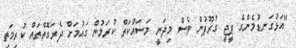
"އަޅުގަނޑުމެންގެ ޕީޖީ ގުރޫޕުން ވެސް މިދަނީ މަސައްކަތް ކުރަމުން ގައުމަށް ދެރަގޮތްތައް ކުރިމަތި